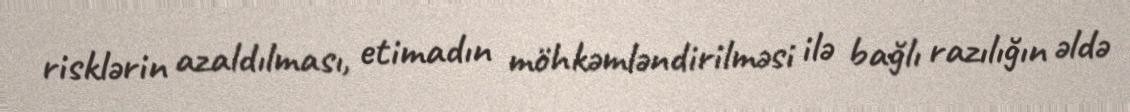
risklərin azaldılması, etimadın möhkəmləndirilməsi ilə bağlı razılığın əldə